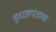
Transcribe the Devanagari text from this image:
इच्छापत्राचा